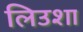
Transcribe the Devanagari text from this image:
लिउशा